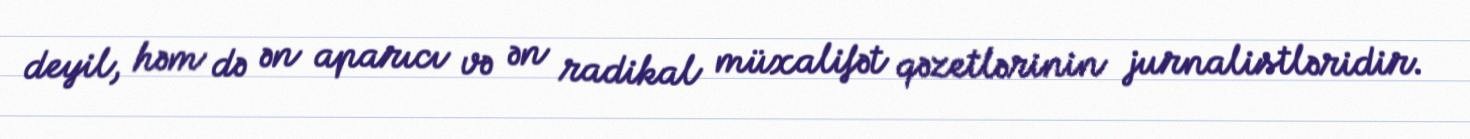
deyil, həm də ən aparıcı və ən radikal müxalifət qəzetlərinin jurnalistləridir.